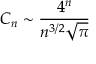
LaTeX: C _ { n } \sim { \frac { 4 ^ { n } } { n ^ { 3 / 2 } { \sqrt { \pi } } } }